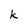
Character: k